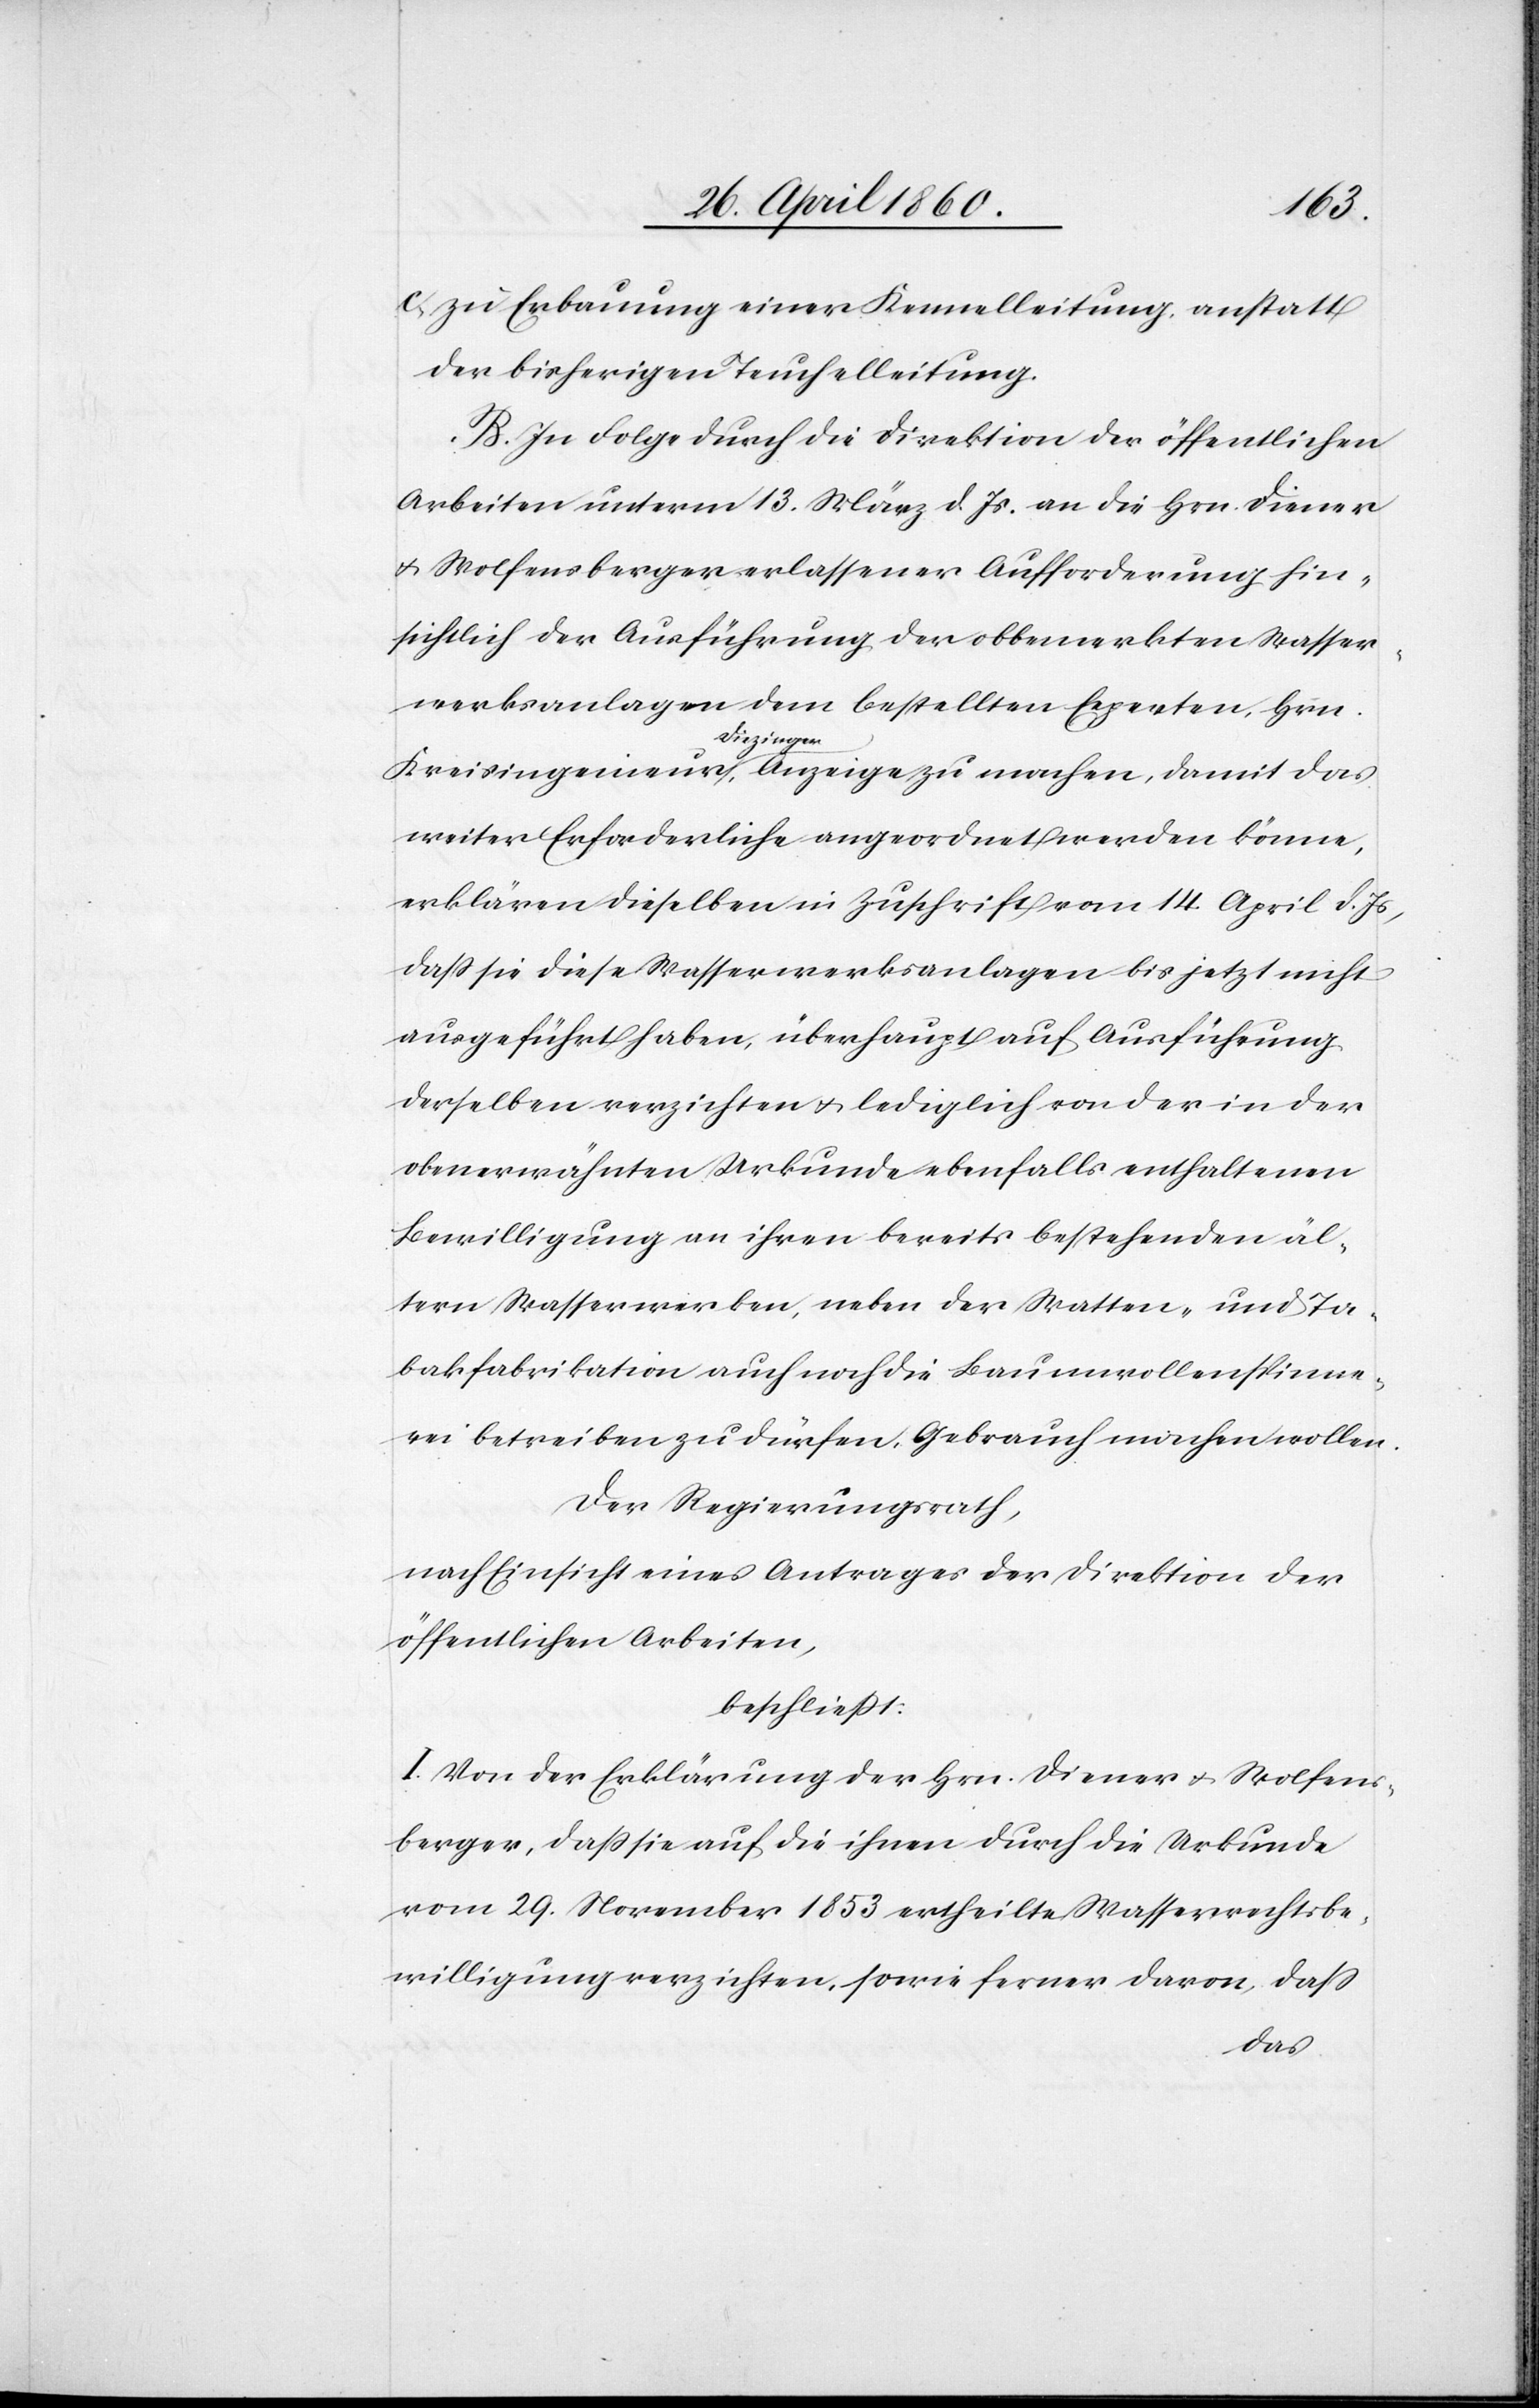
c) zu Erbauung einer Kennelleitung, anstatt
der bisherigen Teuchelleitung.
B. In Folge durch die Direktion der öffentlichen
Arbeiten unterm 13. März d. Js. an die Hrn. Diener
u. Wolfensberger erlassener Aufforderung hin¬
sichtlich der Ausführung der obbemerkten Wasser¬
werksanlagen dem bestellten Experten, Hrn.
Kreisingenieur Diezinger, Anzeige zu machen, damit das
weiter Erforderliche angeordnet werden könne,
erklären dieselben in Zuschrift vom 14 April d. Js,
dass sie diese Wasserwerksanlagen bis jetzt nicht
ausgeführt haben, überhaupt auf Ausführung
derselben verzichten u. lediglich von der in der
oberwähnten Urkunde ebenfalls enthaltenen
Bewilligung in ihren bereits bestehenden äl¬
tern Wasserwerken, neben der Watten- und Ta¬
bakfabrikation auch noch die Baumwollenspinne¬
rei betreiben zu dürfen, Gebrauch machen wollen.
Der Regierungsrath,
nach Einsicht eines Antrages der Direktion der
öffentlichen Arbeiten,
beschliesst:
I. Von der Erklärung der Hrn. Diener und Wolfens¬
berger, dass sie auf die ihnen durch die Urkunde
vom 29. November 1853 ertheilte Wasserrechtsbe¬
willigung verzichten, sowie ferner davon, dass